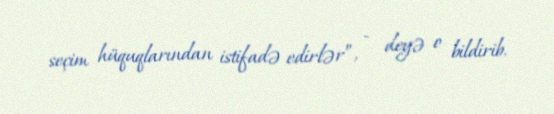
seçim hüquqlarından istifadə edirlər”, - deyə o bildirib.